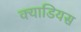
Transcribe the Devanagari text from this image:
क्याडियस